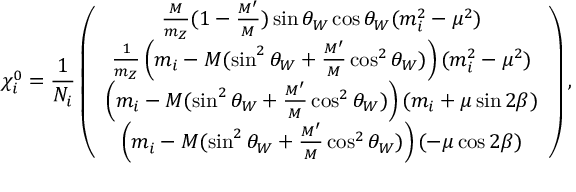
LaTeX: \chi _ { i } ^ { 0 } = \frac { 1 } { N _ { i } } \left( \begin{array} { c } { { \frac { M } { m _ { Z } } ( 1 - \frac { M ^ { \prime } } { M } ) \sin \theta _ { W } \cos \theta _ { W } ( m _ { i } ^ { 2 } - \mu ^ { 2 } ) } } \\ { { \frac { 1 } { m _ { Z } } \left( m _ { i } - M ( \sin ^ { 2 } \theta _ { W } + \frac { M ^ { \prime } } { M } \cos ^ { 2 } \theta _ { W } ) \right) ( m _ { i } ^ { 2 } - \mu ^ { 2 } ) } } \\ { { \left( m _ { i } - M ( \sin ^ { 2 } \theta _ { W } + \frac { M ^ { \prime } } { M } \cos ^ { 2 } \theta _ { W } ) \right) ( m _ { i } + \mu \sin 2 \beta ) } } \\ { { \left( m _ { i } - M ( \sin ^ { 2 } \theta _ { W } + \frac { M ^ { \prime } } { M } \cos ^ { 2 } \theta _ { W } ) \right) ( - \mu \cos 2 \beta ) } } \end{array} \right) ,